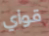
قواي